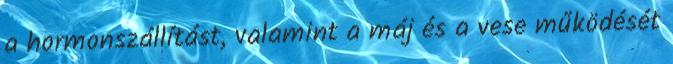
a hormonszállítást, valamint a máj és a vese működését